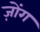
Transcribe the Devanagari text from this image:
ज़ोंग